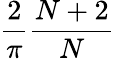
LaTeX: {\frac{2}{\pi}}{\frac{N+2}{N}}